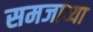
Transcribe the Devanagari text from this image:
समजाव्या